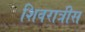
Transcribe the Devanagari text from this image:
शिवरात्रीस